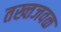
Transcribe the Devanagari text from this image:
तख्तजवळ